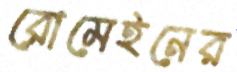
রোমেইনের